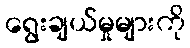
ရွေးချယ်မှုများကို